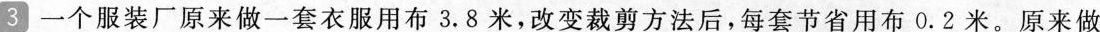
3一个服装厂原来做一套衣服用布3.8米，改变裁剪方法后，每套节省用布0.2米。原来做